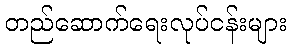
တည်ဆောက်ရေးလုပ်ငန်းများ